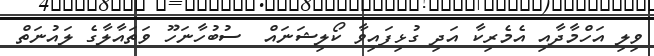
ވިލި އަހްމާދާއި އެމެރިކާ އަދި ގުޅިފައިވާ ކޯލިޝަނައް  ސުބުހާނަހޫ ވަތައާލާގެ ލައުނަތް